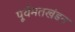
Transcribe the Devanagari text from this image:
पूर्वमतखंडन